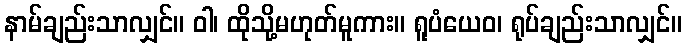
နာမ်ချည်းသာလျှင်။ ဝါ၊ ထိုသို့မဟုတ်မူကား။ ရူပံယေဝ၊ ရုပ်ချည်းသာလျှင်။